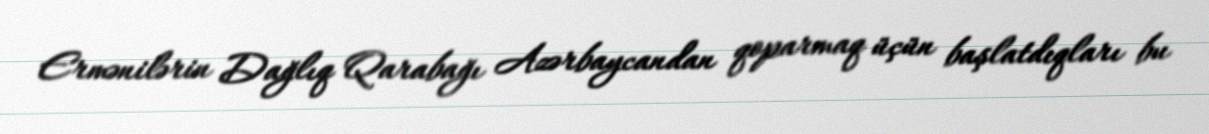
Ermənilərin Dağlıq Qarabağı Azərbaycandan qoparmaq üçün başlatdıqları bu